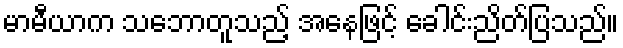
မာမီယာက သဘောတူသည့် အနေဖြင့် ခေါင်းညိတ်ပြသည်။